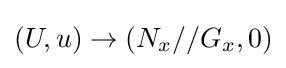
(U,u)\to (N_{x}//G_{x},0)